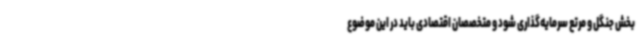
بخش جنگل و مرتع سرمایه‌گذاری شود و متخصصان اقتصادی باید در این موضوع